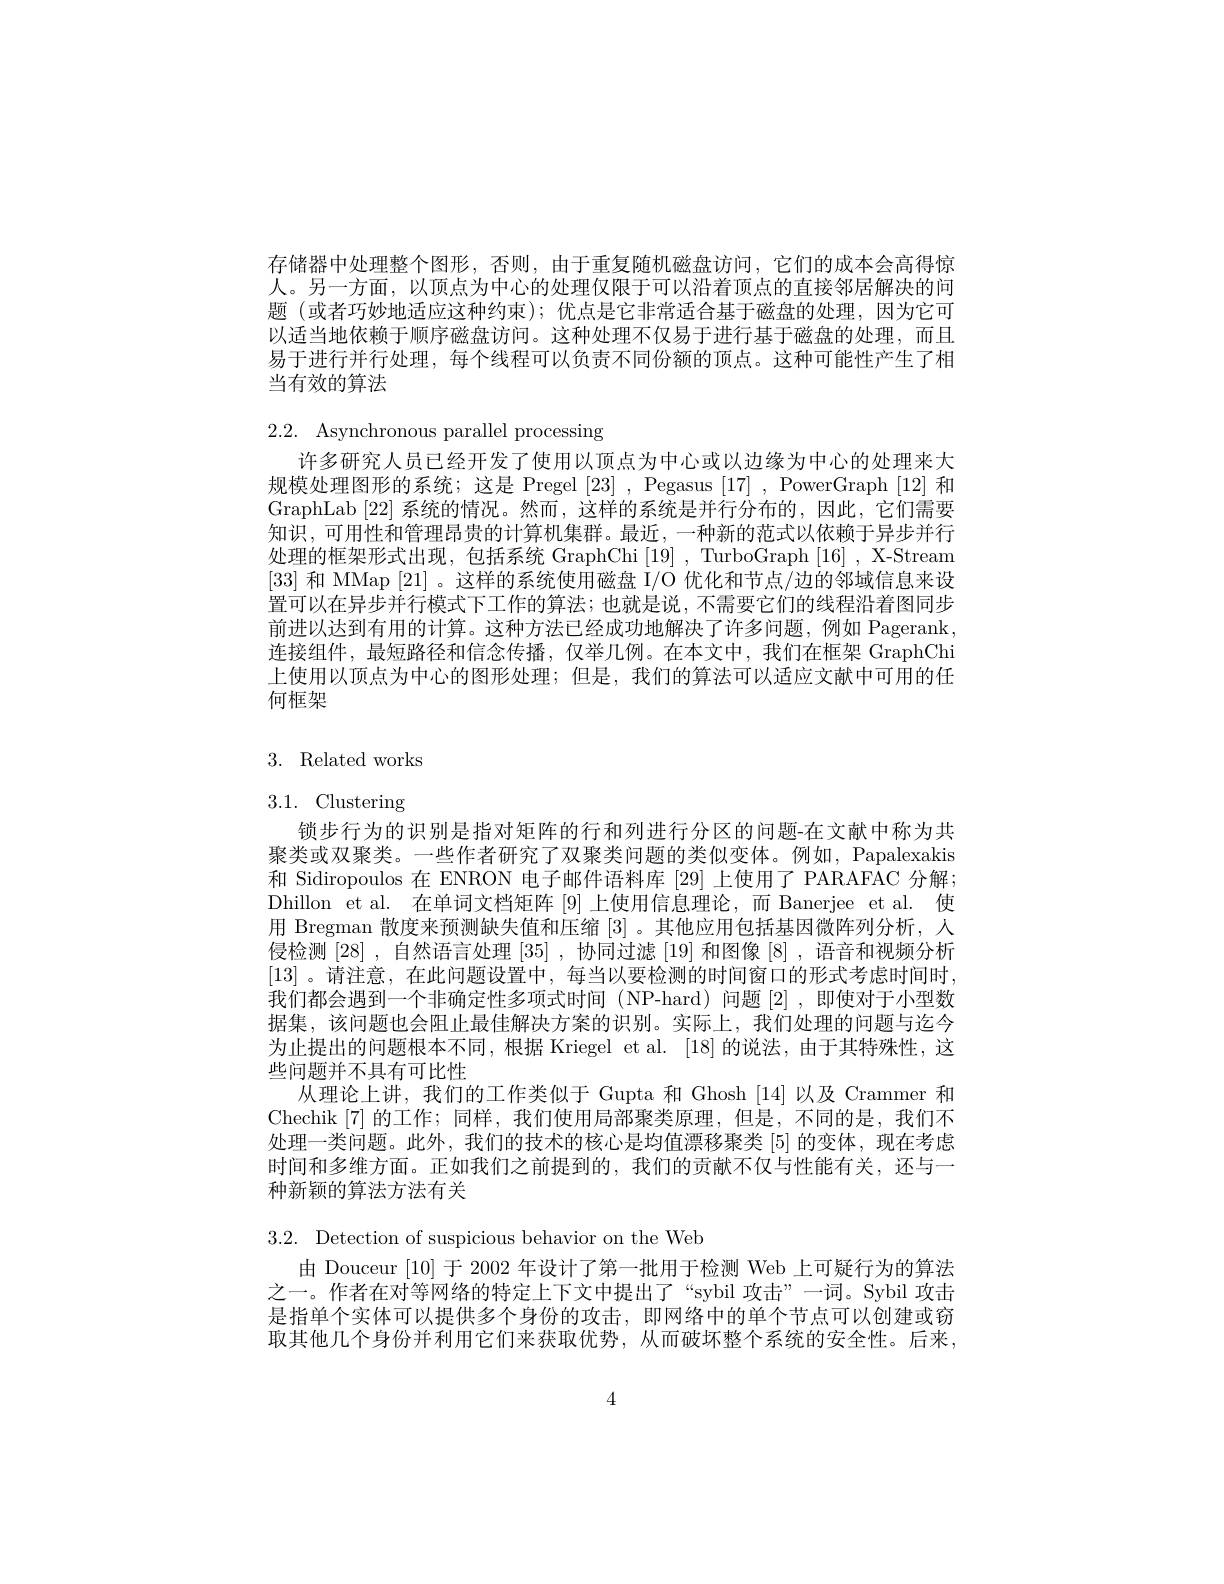
存储器中处理整个图形，否则，由于重复随机磁盘访问，它们的成本会高得惊人。另一方面，以顶点为中心的处理仅限于可以沿着顶点的直接邻居解决的问题 (或者巧妙地适应这种约束);优点是它非常适合基于磁盘的处理，因为它可以适当地依赖于顺序磁盘访问。这种处理不仅易于进行基于磁盘的处理，而且易于进行并行处理，每个线程可以负责不同份额的顶点。这种可能性产生了相当有效的算法

2.2. Asynchronous parallel processing

许多研究人员已经开发了使用以顶点为中心或以边缘为中心的处理来大规模处理图形的系统；这是 Pregel [23], Pegasus [17], PowerGraph [12]和GraphLab [22]系统的情况。然而，这样的系统是并行分布的，因此，它们需要知识，可用性和管理昂贵的计算机集群。最近，一种新的范式以依赖于异步并行处理的框架形式出现，包括系统 GraphChi [19], TurboGraph [16] , X-Stream [33]和 MMap [21] 。这样的系统使用磁盘 I/O 优化和节点/边的邻域信息来设置可以在异步并行模式下工作的算法；也就是说，不需要它们的线程沿着图同步前进以达到有用的计算。这种方法已经成功地解决了许多问题，例如 Pagerank, 连接组件，最短路径和信念传播，仅举几例。在本文中，我们在框架 GraphChi 上使用以顶点为中心的图形处理；但是，我们的算法可以适应文献中可用的任何框架

3. Related works

3.1. Clustering

锁步行为的识别是指对矩阵的行和列进行分区的问题-在文献中称为共聚类或双聚类。一些作者研究了双聚类问题的类似变体。例如，Papalexakis 和 Sidiropoulos 在 ENRON 电子邮件语料库 [29] 上使用了 PARAFAC 分解； Dhillon et al. 在单词文档矩阵[9]上使用信息理论，而 Banerjee et al. 使用 Bregman 散度来预测缺失值和压缩[3] 。其他应用包括基因微阵列分析，人侵检测[28],自然语言处理[35],协同过滤[19] 和图像[8],语音和视频分析[13] 。请注意，在此问题设置中，每当以要检测的时间窗口的形式考虑时间时， 我们都会遇到一个非确定性多项式时间 (NP-hard)问题[2],即使对于小型数据集，该问题也会阻止最佳解决方案的识别。实际上，我们处理的问题与迄今为止提出的问题根本不同，根据 Kriegel et al. [18] 的说法，由于其特殊性，这些问题并不具有可比性
从理论上讲，我们的工作类似于 Gupta 和 Ghosh [14]以及 Crammer 和Chechik [7] 的工作；同样，我们使用局部聚类原理，但是，不同的是，我们不处理一类问题。此外，我们的技术的核心是均值漂移聚类 [5] 的变体，现在考虑时间和多维方面。正如我们之前提到的，我们的贡献不仅与性能有关，还与一种新颖的算法方法有关

3.2. Detection of suspicious behavior on the Web

由 Douceur [10]于 2002 年设计了第一批用于检测 Web 上可疑行为的算法之一。作者在对等网络的特定上下文中提出了“sybil 攻击”一词。Sybil 攻击是指单个实体可以提供多个身份的攻击，即网络中的单个节点可以创建或窃取其他几个身份并利用它们来获取优势，从而破坏整个系统的安全性。后来，

4